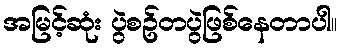
အမြင့်ဆုံး ပွဲစဥ်တပွဲဖြစ်နေတာပါ။